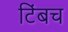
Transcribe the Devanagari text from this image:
टिंबच